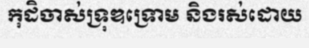
កុដិចាស់ទ្រុឌទ្រោម និងរស់ដោយ